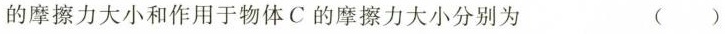
的摩擦力大小和作用于物体C的摩擦力大小分别为 ( )